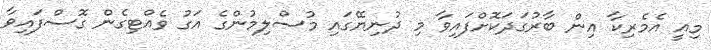
މިއީ އެމެރިކާ އިން ބާރުގަދަކޮށްފައިވާ މި ދުނިޔޭގައި މުސްލިމުންގެ އަގު ވެއްޓިގެން ގޮސްފައިވާ